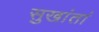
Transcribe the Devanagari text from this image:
सुखांतां